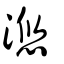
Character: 滺